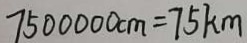
7 5 0 0 0 0 0 c m = 7 5 k m